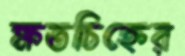
ক্ষতচিহ্নের